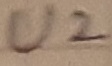
Text: U2